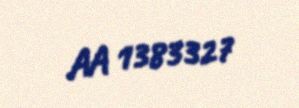
AA 1383327